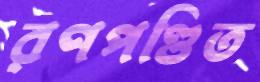
রণপণ্ডিত